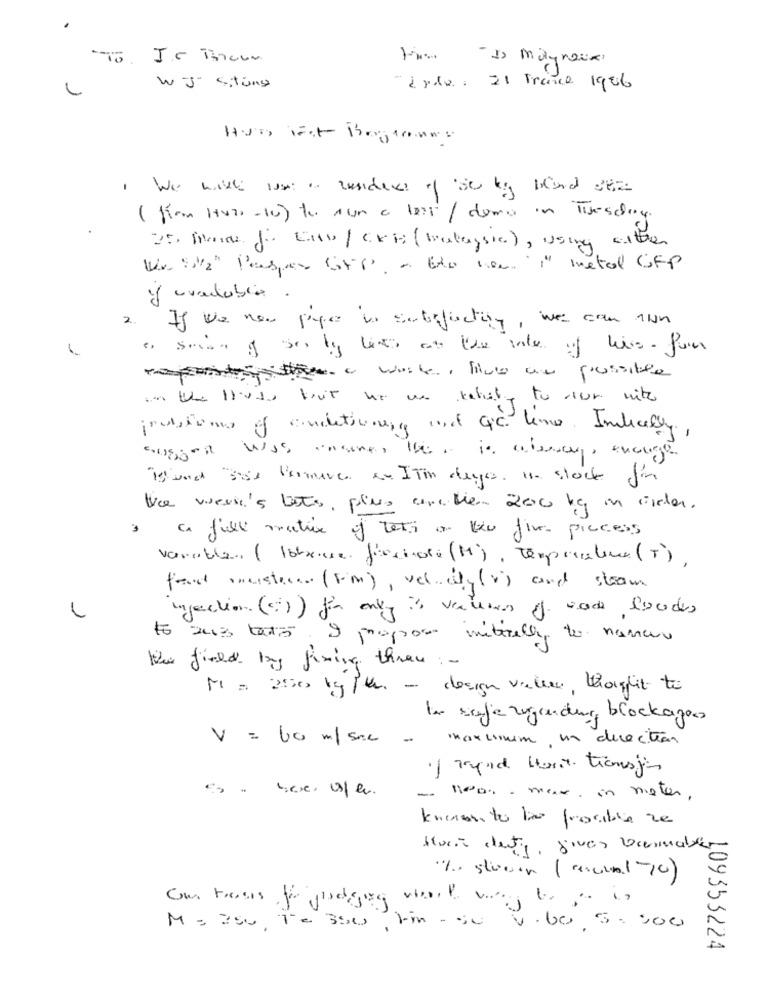
Hi -> maynoix
WJ situng
- ¿ da: 21 France 1986
. We have use a susideas of se ky band der
( Kom HVIS -10) to Aun o lest / domo in Tuesday.
25 Mars of Enw/CKB (malaysia), using either
Was/2" Pages GFP. a Exo now " metal CFP
y cuandobio .
2. If we now pays to subefucting, we can 1un
rapti- work, live an possible
in the loss but we use tebuty to run with
problems of conditioning met QC lene. Intically.
suggest was ansnes thea is alesays excuse
isund aise Pomive ar ITin deges. I. stock for
the week's bots, plus arethen 200 kg in order.
3
a full matrix of tets o leu five- process
varable. ( Iobreve factors (M), Temperature (T).
found inestran (Fim), velity (v) and stoom
injection (c)) for only is volumes of code loodes
1 aus taxis. 9 propose meterelly to navar
the field by fixing three :-
M= 250 kg /t. - design valle, thought to
la safe regarding blockage
V = 60 m/ s.c .
maxinum in direction
.) rapid wont tionsje
here. ofer.
- 1000 - max. in meter,
kniven to be frocible re
Hora deinte, gives Dannaber
% stooor (Mescla1 -10)
M= 250, Te 350, Fin - su V.60 5.000
109353224